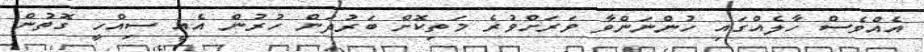
އެއްވެސް ހާލެއްގައި ހުންނަންވާ ވަރަށްވުރެ މަތިކޮށް ބަރުދަން ހުރުން އެއީ ސިއްހީ ގޮތުން